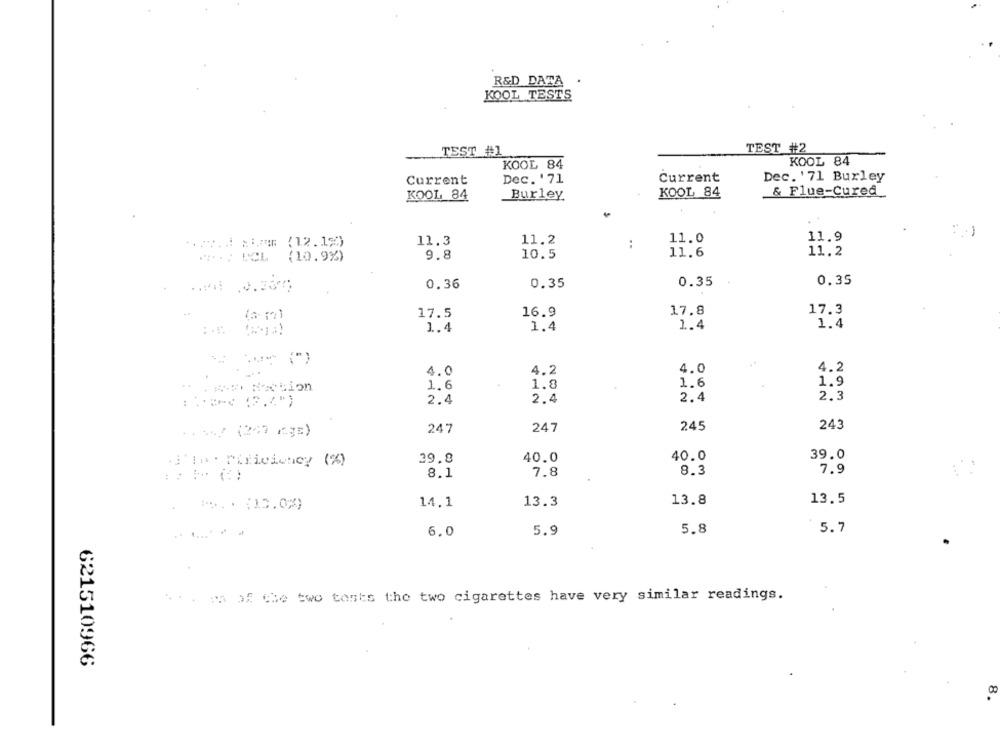
R&D DATA
KOOL TESTS
TEST #1
TEST_#2
KOOL 84
KOOL 84
Current
Dec. ' 71
Current
Dec. '71 Burley
KOOL 84
Burley
KOOL 84
& Flue-Cured
11.3
11.2
11.0
11.9
...... ==== (12.1%)
:
9.8
10.5
11.6
11.2
POST ICL
(10.9%)
0.36
0.35
0.35
0.35
17.5
16.9
17.8
17.3
1.4
1.4
1.4
1.4
4.2
4.0
4.2
4.0
1.6
1.9
ction
1.6
1.8
2.4
2.3
2.4
2.4
247
245
243
247
40.0
40.0
39.0
j'la. Pificiency (%)
39.8
7.8
8.3
7.9
8.1
14.1
13.3
13.8
13.5
6.0
5.9
5.8
5.7
... es of the two tests the two cigarettes have very similar readings.
621510966
8.